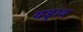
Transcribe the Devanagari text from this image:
यड्राव